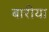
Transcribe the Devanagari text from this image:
बारीया